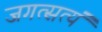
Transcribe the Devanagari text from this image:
जगत्सत्यं